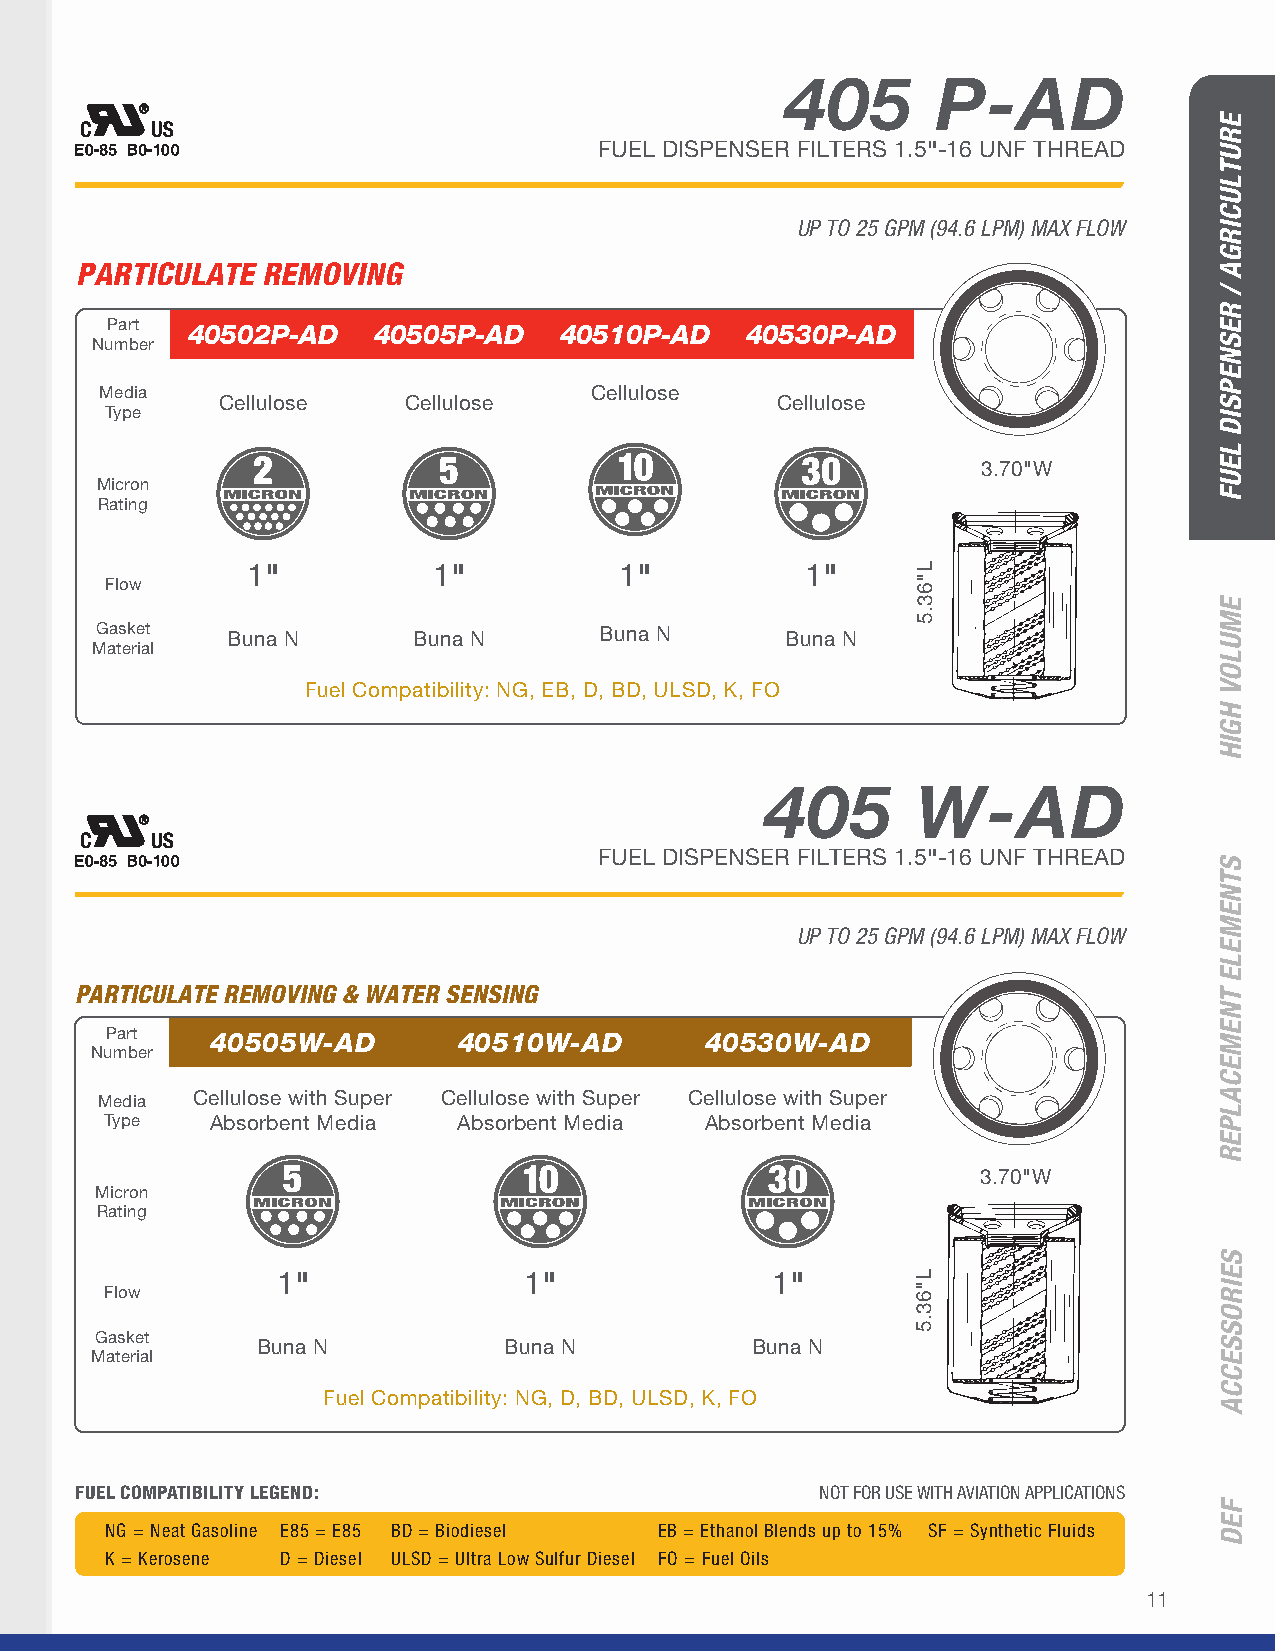
405       P-AD
 FUEL DISPENSER FILTERS 1.5"-16 UNF THREAD
 UP TO 25 GPM (94.6 LPM) MAX FLOW
 PARTICULATE REMOVING
 Part 40502P-AD    40505P-AD   40510P-AD   40530P-AD
 Number
 Media                           Cellulose
 Cellulose    Cellulose               Cellulose
 Type
 3.70"W
 Micron
 Rating
 1"           1"          1"          1"
 Flow
 Gasket   Buna N      Buna N       Buna N      Buna N
 Material
 Fuel Compatibility: NG, EB, D, BD, ULSD, K, FO
 405       W-AD
 FUEL DISPENSER FILTERS 1.5"-16 UNF THREAD
 UP TO 25 GPM (94.6 LPM) MAX FLOW
 PARTICULATE REMOVING & WATER SENSING
 Part   40505W-AD       40510W-AD        40530W-AD
 Number
 Media Cellulose with Super Cellulose with Super Cellulose with Super
 Type   Absorbent Media Absorbent Media  Absorbent Media
 3.70"W
 Micron
 Rating
 1"               1"              1"
 Flow
 Gasket
 Buna N          Buna N           Buna N
 Material
 Fuel Compatibility: NG, D, BD, ULSD, K, FO
 FUEL COMPATIBILITY LEGEND:                       NOT FOR USE WITH AVIATION APPLICATIONS
 NG = Neat Gasoline E85 = E85 BD = Biodiesel EB = Ethanol Blends up to 15% SF = Synthetic Fluids
 K = Kerosene D = Diesel ULSD = Ultra Low Sulfur Diesel FO = Fuel Oils
 11
 L"63.5
 L"63.5
 ERUTLUCIRGA
 /
 RESNEPSID
 LEUF
 EMULOV
 HGIH
 STNEMELE
 TNEMECALPER
 SEIROSSECCA
 FED